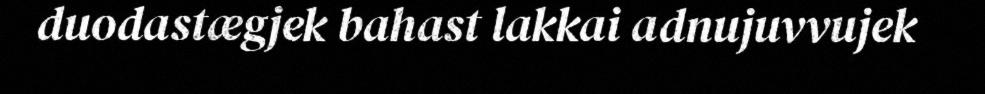
duodastægjek bahast lakkai adnujuvvujek